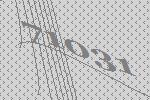
71031